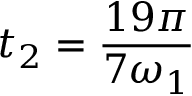
t _ { 2 } = \frac { 1 9 \pi } { 7 \omega _ { 1 } }